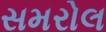
સમરોલ